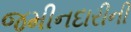
જમીનદારીની